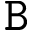
{ \tt B }